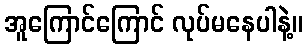
အူကြောင်ကြောင် လုပ်မနေပါနဲ့။